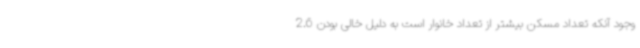
وجود آنکه تعداد مسکن بیشتر از تعداد خانوار است به دلیل خالی بودن 2.6